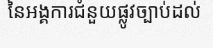
នៃអង្គការជំនួយផ្លូវច្បាប់ដល់